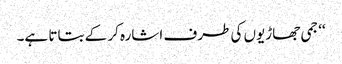
‘‘ جمی جھاڑیوں کی طرف اشارہ کر کے بتاتا ہے۔